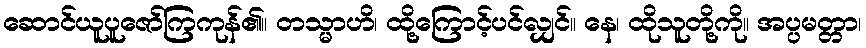
ဆောင်ယူပူဇော်ကြကုန်၏။ တသ္မာဟိ၊ ထို့ကြောင့်ပင်လျှင်။ နေ၊ ထိုသူတို့ကို။ အပ္ပမတ္တာ၊